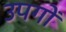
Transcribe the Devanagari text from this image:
उपगों